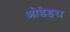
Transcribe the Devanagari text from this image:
ओडेइरा